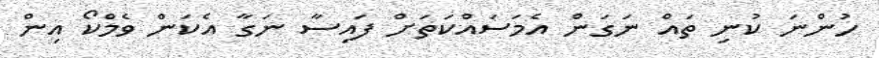
ހުންނަ ކުނި ތައް ނަގަން އެމަސައްކަތަށް ފައިސާ ނަގާ އެކަން ވެމްކޯ އިން